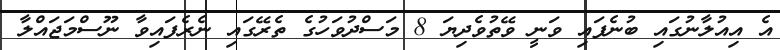
އެ އިއުލާނުގައި ބުނެފައި ވަނީ ވޭތުވެދިޔަ 8 މަސްދުވަހުގެ ތެރޭގައި ނެރެފައިވާ ނޫސްމަޖައްލާ